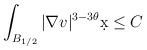
LaTeX: \begin{align*}&\int_{B_{1/2}} |\nabla v|^{3-3\theta} \d x \leq C\end{align*}